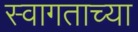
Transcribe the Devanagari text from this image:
स्वागताच्या